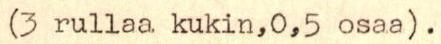
(3 rullaa kukin,0,5 osaa).